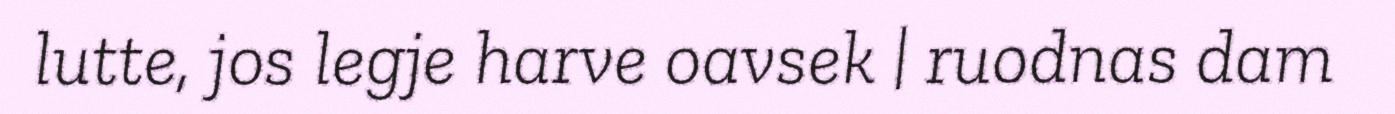
lutte, jos legje harve oavsek | ruodnas dam